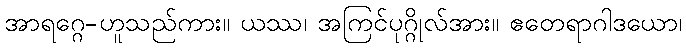
အာရဂ္ဂေ-ဟူသည်ကား။ ယဿ၊ အကြင်ပုဂ္ဂိုလ်အား။ ဧတေရာဂါဒယော၊